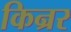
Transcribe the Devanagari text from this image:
किन्रर